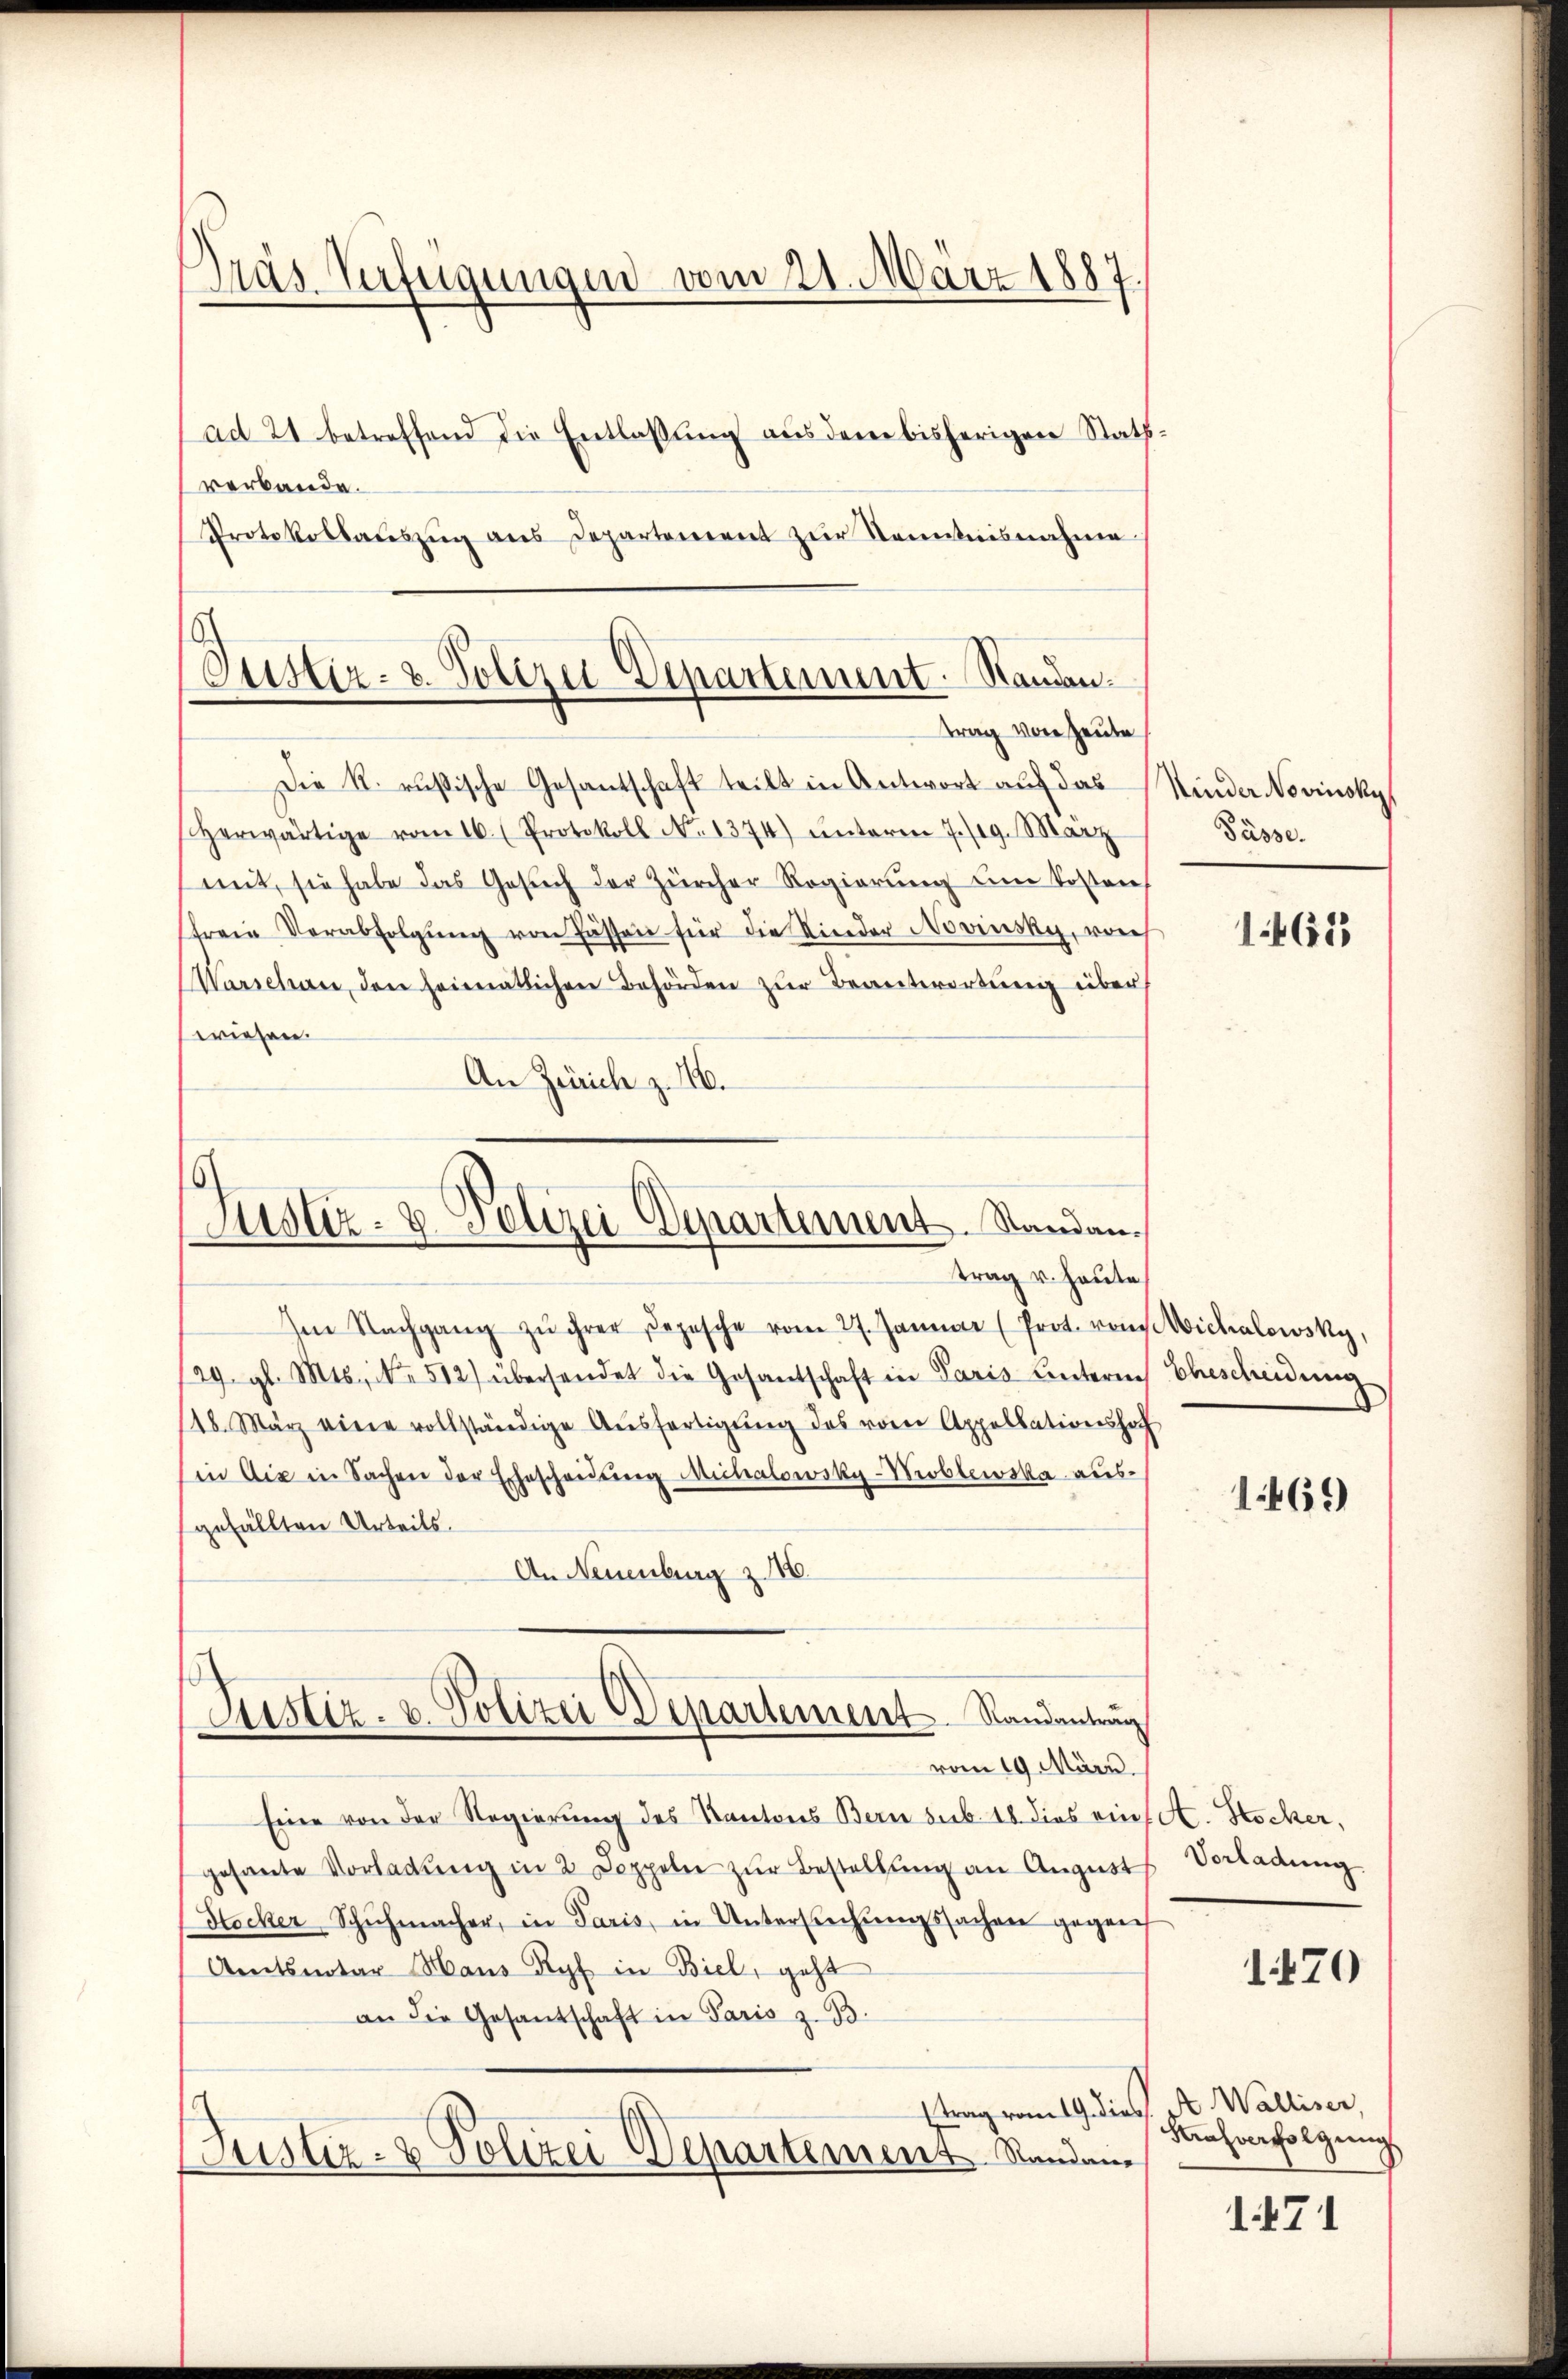
Tras Verfeigungen vom 21. März 1887.
ad 21 betreffend die Entlaßung aus dem bisherigen Rathverbande.

Justiz- & Polizei-Departement. Standen.
trag von Heute

Protokollaŭszŭg ans Departement zur Kenntnisnahme
Die R. russische Gesantschaft teilt in Antwort auf das
scherwärtige vom 16. (Protokoll No 1374) unterm 7./19. März
mit, sie habe das Gesŭch der Zürcher Regierŭng eine Kosten
freie Verabfolgŭng von Fassen für die Kinder Novinsky, vors
Warschen, den heimatlichen Behörden zur Beantwortung über
wriesen.
An Zürich z. 16.

Justiz- & Polizei Departement. Standantrag u. heute

Im Nachgang zŭ ihrer Depesche vom 27. Januar (Prot. von Michalowsky,
/29. gl. Mts., No 512) übersendet die Gesantschaft in Paris unternes Ehescheidŭng
148. März eine vollständige Aŭsfertigŭng des vom Appellationshof
in die in Sachen der Ehescheidŭng Michalowsky-Noblewska aus-
gefällten Urteils.
An Neuenburg z. 16.
vom 19. März.
Eine von der Regierung des Kantons Bern sub. 18 dies eins A. Stocker,
gesante Vorladŭng in 2 Doppeln zŭr Bestellŭng an Augusts Vorladung
Stocker Schŭhmacher, in Paris, in Untersŭchŭngssachen gegen
Amtsnotar Haus Ryf in Biel, geht
an die Gesandschaft in Paris z. B.
Etrag vom 19. dies At Walliser,
Justiz- & Polizei Departement Randene

Justiz- u. Polizei Departement Randantrag

Kinder Novinoky
Pässe.

1465

1469

1470

Nahverfolgung

1471